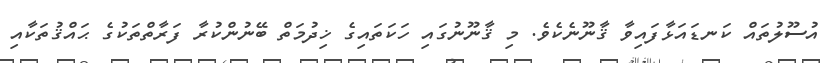
އުސޫލުތައް ކަނޑައަޅާފައިވާ ޤާނޫނެކެވެ. މި ޤާނޫނުގައި ހަކަތައިގެ ޚިދުމަތް ބޭނުންކުރާ ފަރާތްތަކުގެ ޙައްޤުތަކާއި